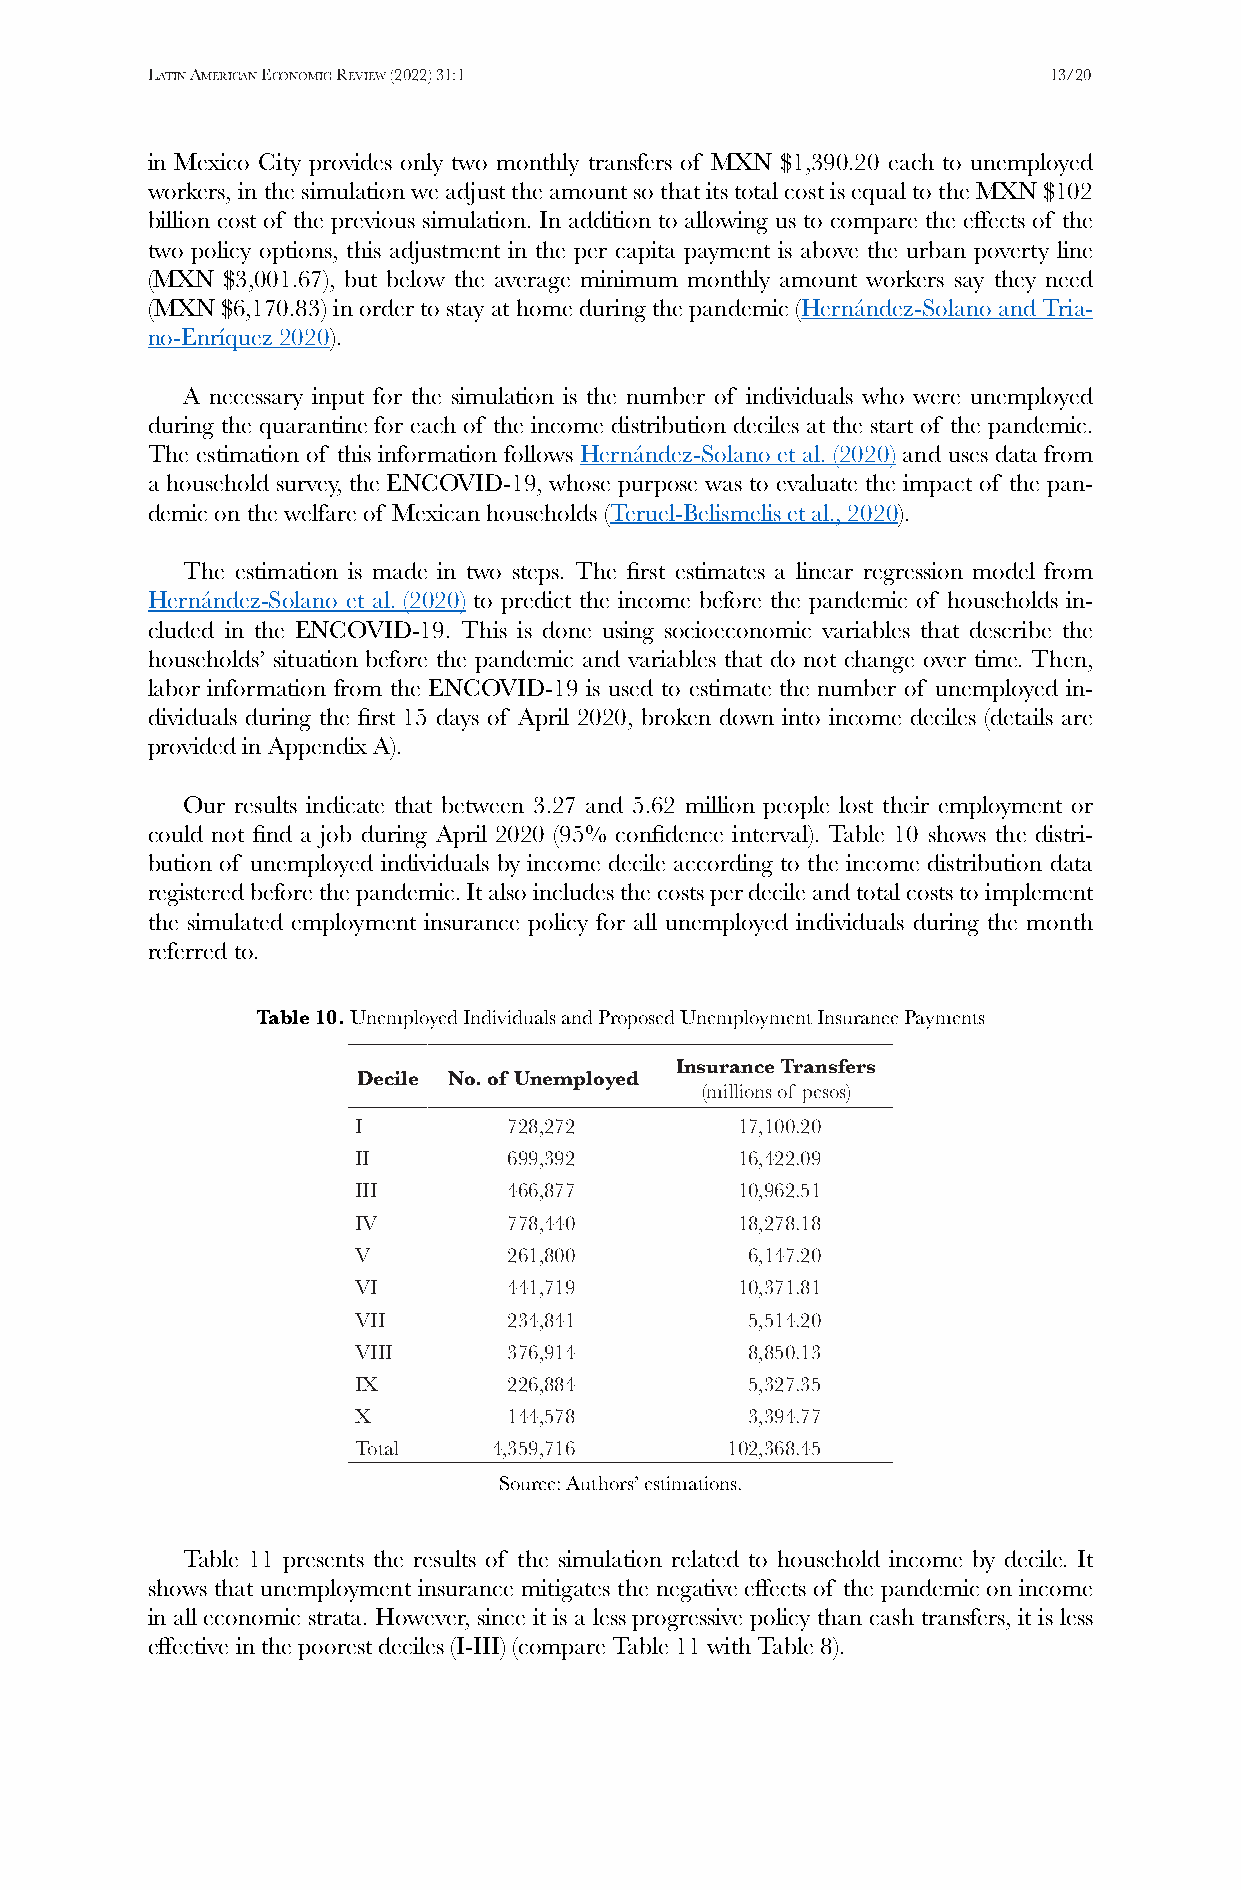
Latin american economic review (2022) 31:1                 13/20
 in Mexico City provides only two monthly transfers of MXN $1,390.20 each to unemployed
 workers, in the simulation we adjust the amount so that its total cost is equal to the MXN $102
 billion cost of the previous simulation. In addition to allowing us to compare the effects of the
 two policy options, this adjustment in the per capita payment is above the urban poverty line
 (MXN $3,001.67), but below the average minimum monthly amount workers say they need
 (MXN $6,170.83) in order to stay at home during the pandemic (Hernández-Solano and Tria-
 no-Enríquez 2020).
 A necessary input for the simulation is the number of individuals who were unemployed
 during the quarantine for each of the income distribution deciles at the start of the pandemic.
 The estimation of this information follows Hernández-Solano et al. (2020) and uses data from
 a household survey, the ENCOVID-19, whose purpose was to evaluate the impact of the pan-
 demic on the welfare of Mexican households (Teruel-Belismelis et al., 2020).
 The estimation is made in two steps. The first estimates a linear regression model from
 Hernández-Solano et al. (2020) to predict the income before the pandemic of households in-
 cluded in the ENCOVID-19. This is done using socioeconomic variables that describe the
 households’ situation before the pandemic and variables that do not change over time. Then,
 labor information from the ENCOVID-19 is used to estimate the number of unemployed in-
 dividuals during the first 15 days of April 2020, broken down into income deciles (details are
 provided in Appendix A).
 Our results indicate that between 3.27 and 5.62 million people lost their employment or
 could not find a job during April 2020 (95% confidence interval). Table 10 shows the distri-
 bution of unemployed individuals by income decile according to the income distribution data
 registered before the pandemic. It also includes the costs per decile and total costs to implement
 the simulated employment insurance policy for all unemployed individuals during the month
 referred to.
 Table 10. Unemployed Individuals and Proposed Unemployment Insurance Payments
 Insurance Transfers
 Decile No. of Unemployed
 (millions of pesos)
 I          728,272        17,100.20
 II         699,392        16,422.09
 III        466,877        10,962.51
 IV         778,440        18,278.18
 V          261,800        6,147.20
 VI         441,719        10,371.81
 VII        234,841        5,514.20
 VIII       376,914        8,850.13
 IX         226,884        5,327.35
 X          144,578        3,394.77
 Total     4,359,716      102,368.45
 Source: Authors’ estimations.
 Table 11 presents the results of the simulation related to household income by decile. It
 shows that unemployment insurance mitigates the negative effects of the pandemic on income
 in all economic strata. However, since it is a less progressive policy than cash transfers, it is less
 effective in the poorest deciles (I-III) (compare Table 11 with Table 8).